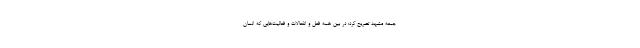
جمعه مشهد تصریح کرد: در بین همه فعل و انفعالات و فعالیت‌هایی که انسان